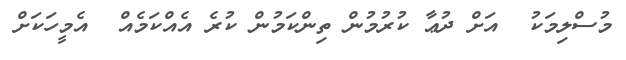
މުސްލިމަކު  އަށް ދުޢާ ކުރުމުން ތިންކަމުން ކުރެ އެއްކަމެއް  އެމީހަކަށް